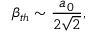
\beta _ { t h } \sim \frac { a _ { 0 } } { 2 \sqrt { 2 } } ,